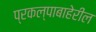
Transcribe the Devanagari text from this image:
प्रकल्पाबाहेरील